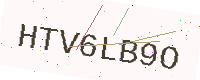
Text: HTV6LB9O